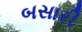
બસારી